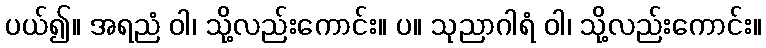
ပယ်၍။ အရညံ ဝါ၊ သို့လည်းကောင်း။ ပ။ သုညာဂါရံ ဝါ၊ သို့လည်းကောင်း။